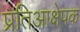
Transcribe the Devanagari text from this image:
प्रतिआक्षेपक